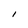
Character: I